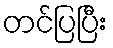
တင်ပြပြီး